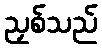
ညှစ်သည်